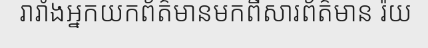
រារាំងអ្នកយកព័ត៌មានមកពីសារព័ត៌មាន រ៉យ